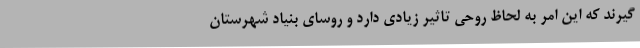
گیرند که این امر به لحاظ روحی تاثیر زیادی دارد و روسای بنیاد شهرستان